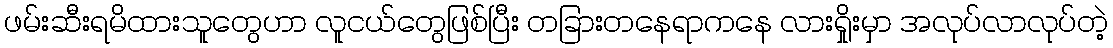
ဖမ်းဆီးရမိထားသူတွေဟာ လူငယ်တွေဖြစ်ပြီး တခြားတနေရာကနေ လားရှိုးမှာ အလုပ်လာလုပ်တဲ့